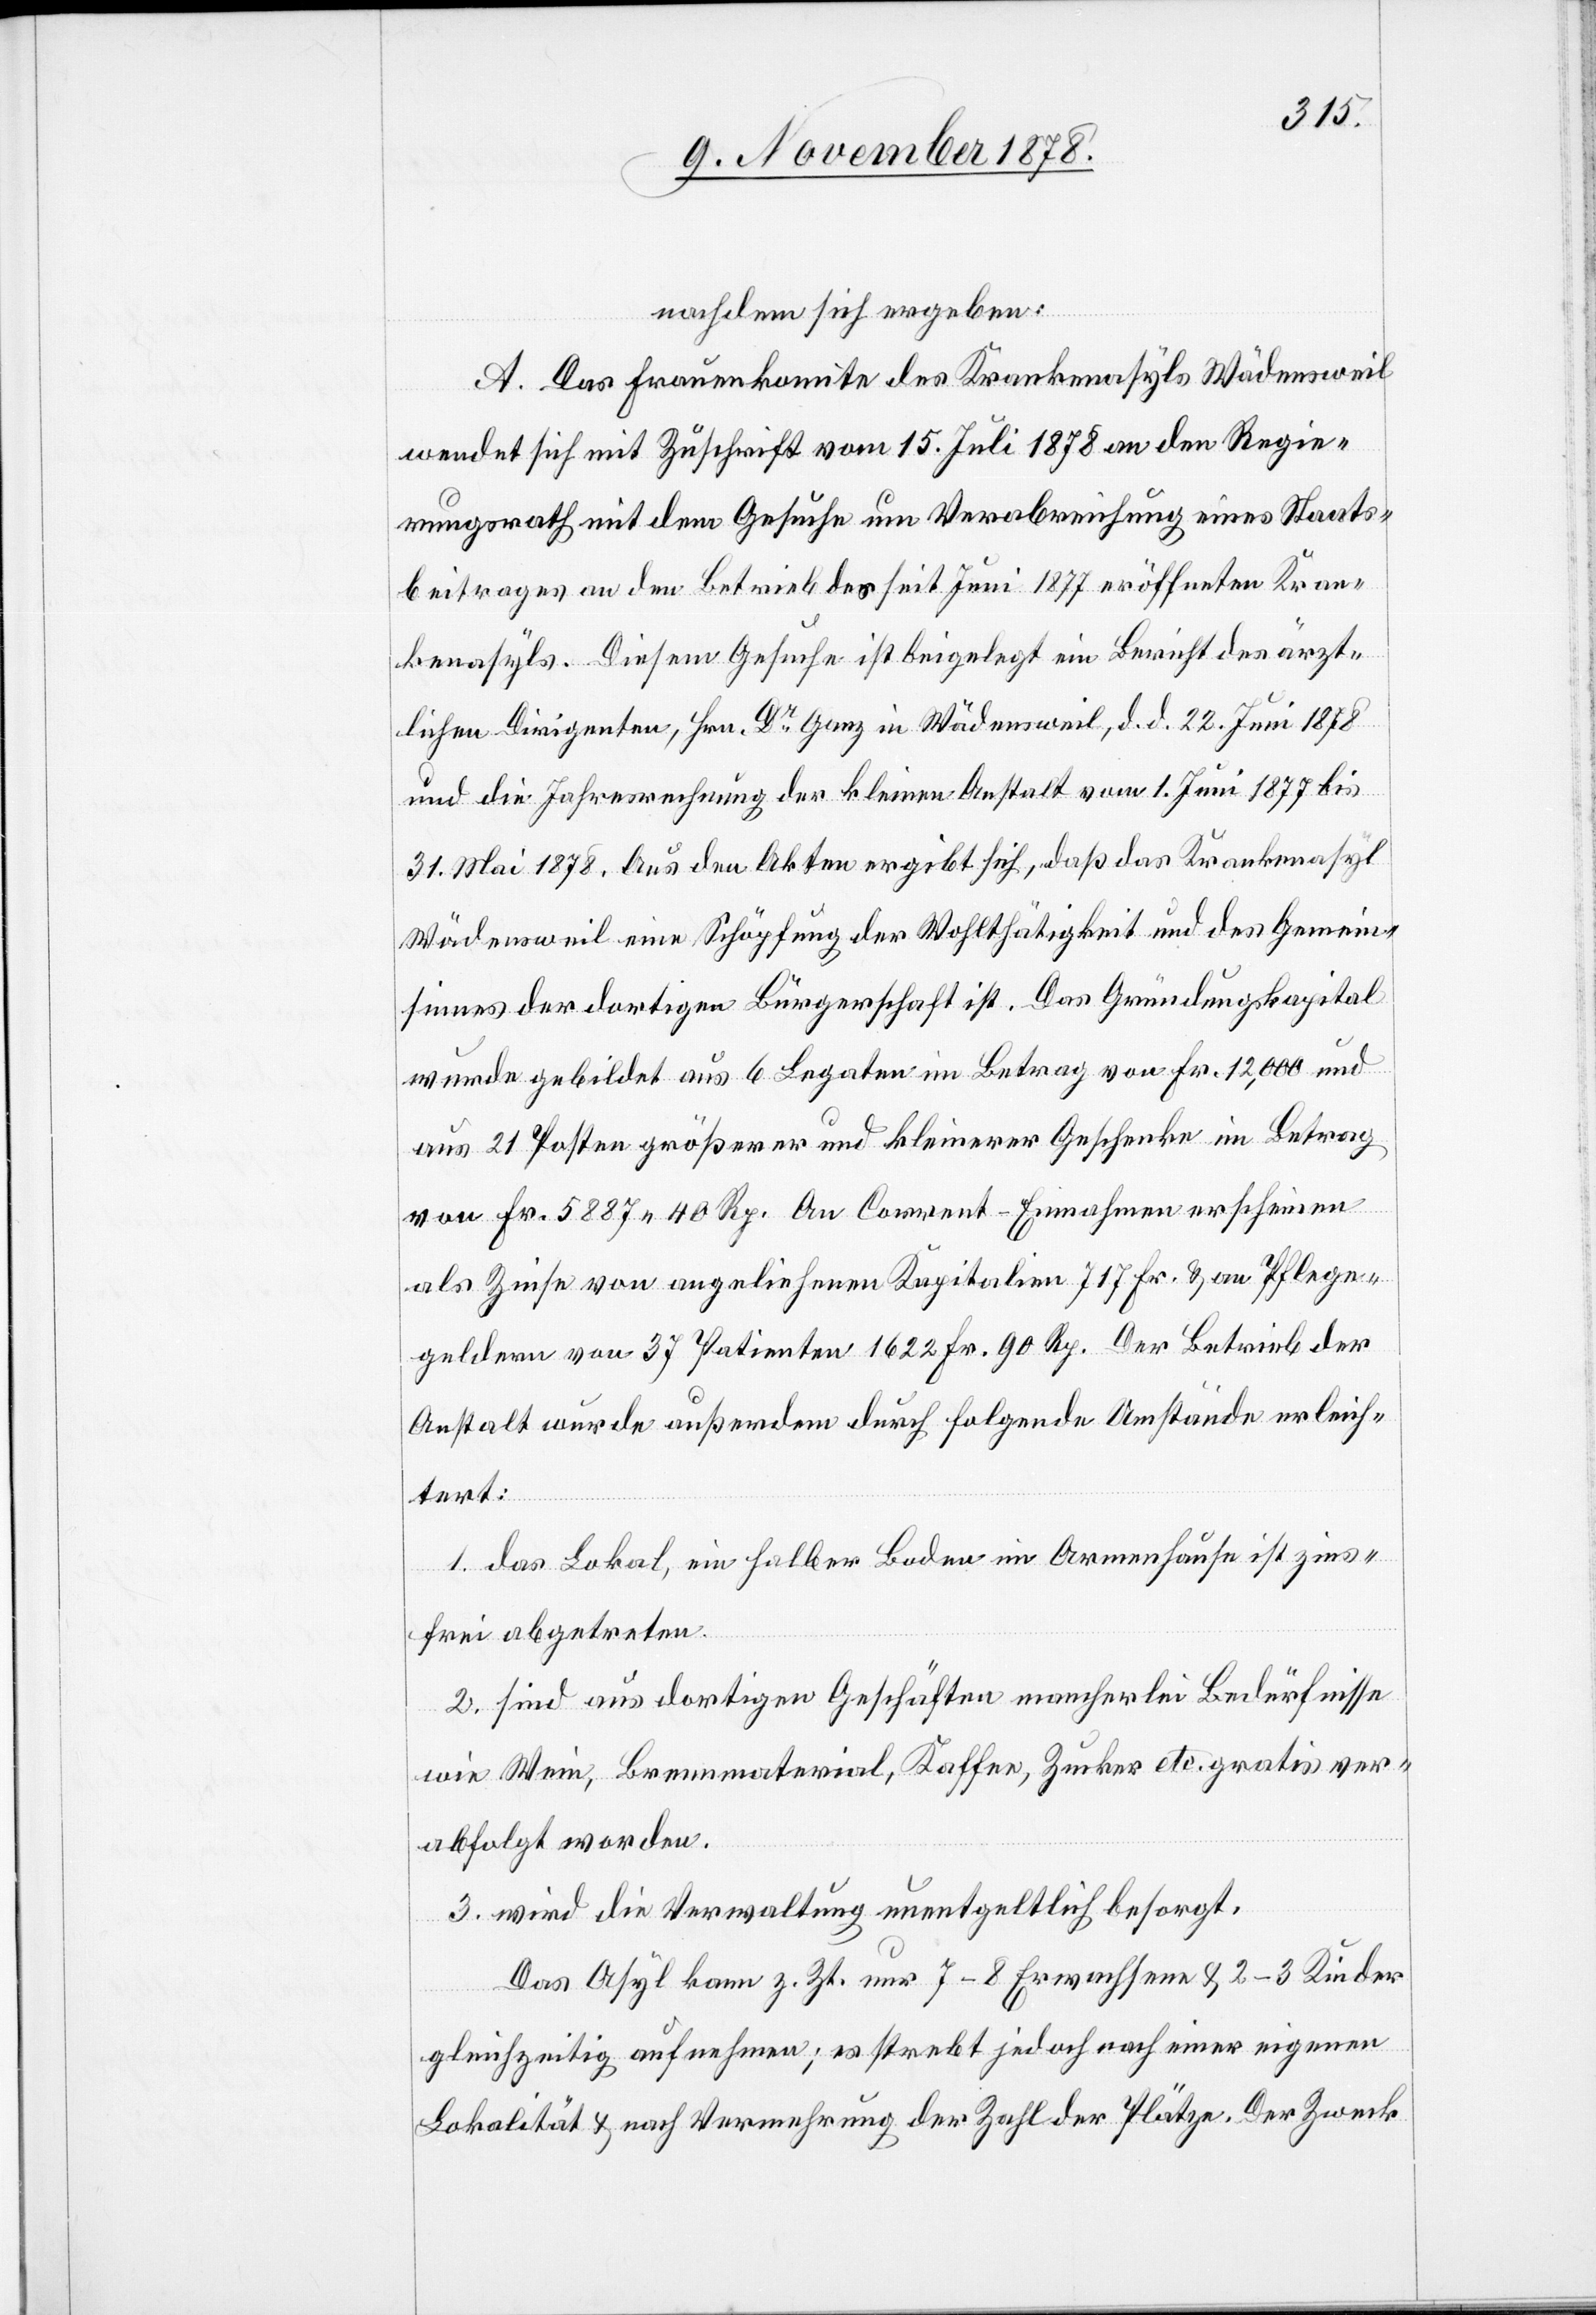
nachdem sich ergeben:
A. Das Frauenkomite des Krankenasyls Wädensweil
wendet sich mit zuschrift vom 15. Juli 1878 an den Regie¬
rungsrath mit dem Gesuche um Verabreichung eines Staats¬
beitrages an den Betrieb des seit Juni 1877 eröffneten Kran¬
kenasyls. Diesem Gesuche ist beigelegt ein Bericht des ärzt¬
lichen Dirigenten, Hrn. Dr Ganz in Wädensweil, d. d. 22. Juni 1878
und die Jahresrechnung der kleinen Anstalt vom 1. Juni 1877 bis
31. Mai 1878. Aus den Akten ergibt sich, daß das Krankenasyl
Wädensweil eine Schöpfung der Wohlthätigkeit und des Gemein¬
sinnes der dortigen Bürgerschaft ist. Das Gründungskapital
wurde gebildet aus 6 Legaten im Betrag von Fr. 12,000 und
aus 21 Posten größerer und kleinerer Geschenke im Betrag
von Fr. 5887 40 Rp. An Corrent-Einnahmen erscheinen
als Zinse von angeliehenen Kapitalien 717 Fr. & an Pflege¬
geldern von 37 Patienten 1622 fr. 90 Rp. Der Betrieb der
Anstalt wurde außerdem durch folgende Umstände erleich¬
tert:
1. das Lokal, ein halber Boden im Armenhause ist zins¬
frei abgetreten.
2. sind aus dortigen Geschäften mancherlei Bedürfnisse
wie Wein, Brennmaterial, Kaffee, Zucker etc. gratis ver¬
abfolgt worden.
3. wird die Verwaltung unentgeldlich besorgt.
Das Asyl kann z. Zt. nur 7–8 Erwachsene & 2–3 Kinder
gleichzeitig aufnehmen; es strebt jedoch nach einer eigenen
Lokalität & nach Vermehrung der Zahl der Plätze. Der Zweck